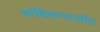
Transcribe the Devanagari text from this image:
वांशिकगटातील